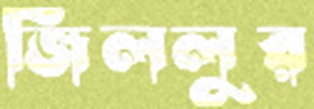
জিললুর